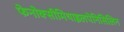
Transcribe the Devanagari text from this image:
फेनोक्सीमिथाइलपेनिसिलिन